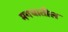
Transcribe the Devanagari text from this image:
मगधातील